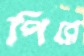
পিরে